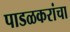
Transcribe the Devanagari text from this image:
पाडळकरांचा